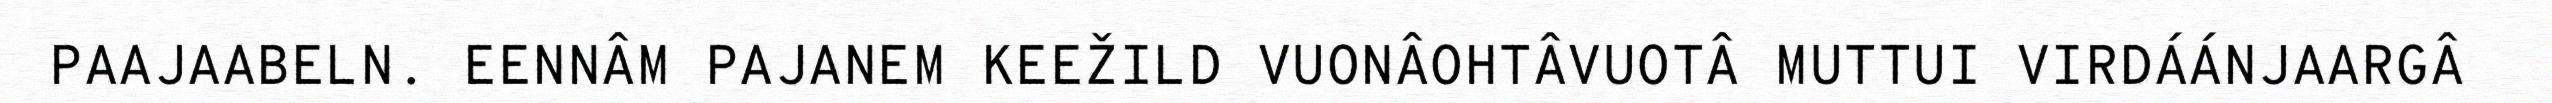
PAAJAABELN. EENNÂM PAJANEM KEEŽILD VUONÂOHTÂVUOTÂ MUTTUI VIRDÁÁNJAARGÂ